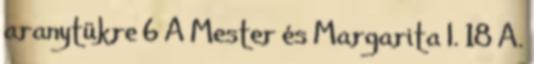
aranytükre 6 A Mester és Margarita I. 18 A.